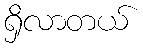
ရှိလာတယ်